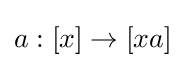
a:[x]\to [xa]